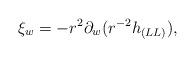
LaTeX: \begin{align*}\xi_w = - r^2\partial_w(r^{-2}h_{(LL)}),\end{align*}